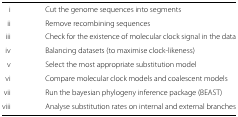
<table><thead><tr><td><b> </b></td><td><b> </b></td></tr></thead><tbody><tr><td>i</td><td>Cut the genome sequences into segments</td></tr><tr><td>ii</td><td>Remove recombining sequences</td></tr><tr><td>iii</td><td>Check for the existence of molecular clock signal in the data</td></tr><tr><td>iv</td><td>Balancing datasets (to maximise clock-likeness)</td></tr><tr><td>v</td><td>Select the most appropriate substitution model</td></tr><tr><td>vi</td><td>Compare molecular clock models and coalescent models</td></tr><tr><td>vii</td><td>Run the bayesian phylogeny inference package (BEAST)</td></tr><tr><td>viii</td><td>Analyse substitution rates on internal and external branches</td></tr></tbody></table>